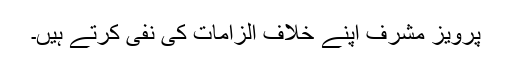
پرویز مشرف اپنے خلاف الزامات کی نفی کرتے ہیں۔